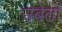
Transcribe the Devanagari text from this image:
उबेर्तो